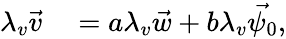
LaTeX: \begin{array}{rl}{\lambda_{v}\vec{v}}&{{}=a\lambda_{v}\vec{w}+b\lambda_{v}\vec{\psi_{0}},}\end{array}